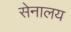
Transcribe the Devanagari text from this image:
सेनालय